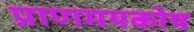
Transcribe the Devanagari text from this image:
प्राणमयकोष